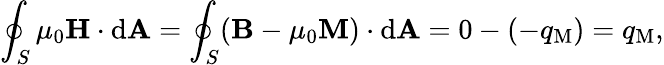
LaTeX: \oint_{S}\mu_{0}\mathbf{H}\cdot\mathrm{d}\mathbf{A}=\oint_{S}(\mathbf{B}-\mu_{0}\mathbf{M})\cdot\mathrm{d}\mathbf{A}=0-(-q_{\mathrm{M}})=q_{\mathrm{M}},